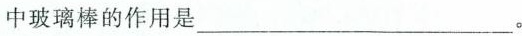
中玻璃棒的作用是___。